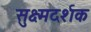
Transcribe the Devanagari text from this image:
सुक्ष्मदर्शक